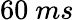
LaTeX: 60~ms